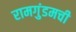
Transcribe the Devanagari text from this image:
रामगुंडमची